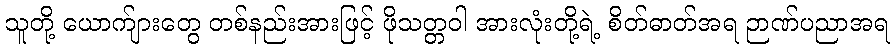
သူတို့ ယောက်ျားတွေ တစ်နည်းအားဖြင့် ဖိုသတ္တဝါ အားလုံးတို့ရဲ့ စိတ်ဓာတ်အရ ဉာဏ်ပညာအရ